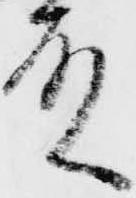
殿